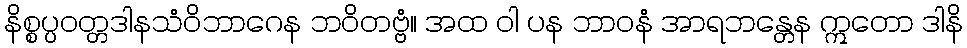
နိစ္စပ္ပဝတ္တဒါနသံဝိဘာဂေန ဘဝိတဗ္ဗံ။ အထ ဝါ ပန ဘာဝနံ အာရဘန္တေန ဣတော ဒါနိ